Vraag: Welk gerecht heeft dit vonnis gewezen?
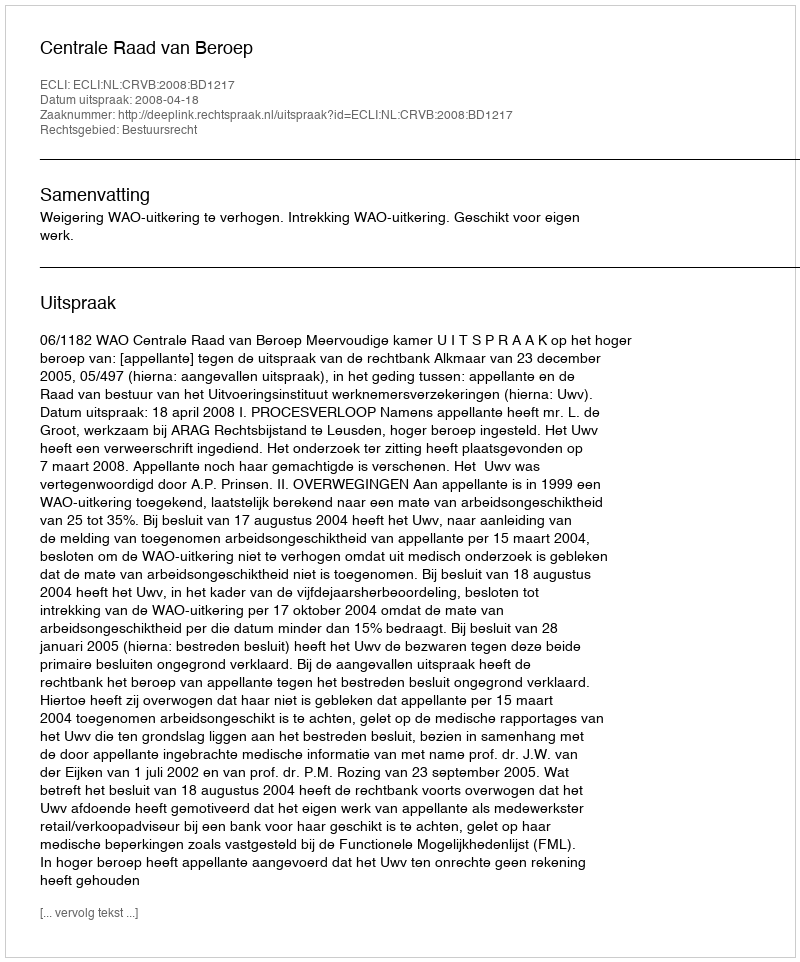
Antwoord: Centrale Raad van Beroep